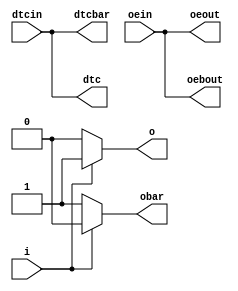
module stratixv_pseudo_diff_out(
                             i,
                             o,
                             obar,
				dtcin,
				dtc,
				dtcbar,
				oein,
				oeout,
				oebout
                             );
parameter lpm_type = "stratixv_pseudo_diff_out";
input i;
output o;
output obar;
input dtcin, oein;
output dtc, dtcbar, oeout, oebout;
reg o_tmp;
reg obar_tmp;
reg dtc_tmp, dtcbar_tmp, oeout_tmp, oebout_tmp;
assign dtc    = dtcin;
assign dtcbar = dtcin;
assign oeout  = oein;
assign oebout = oein;
assign o = o_tmp;
assign obar = obar_tmp;
always@(i)
    begin
        if( i == 1'b1)
            begin
                o_tmp = 1'b1;
                obar_tmp = 1'b0;
            end
        else if( i == 1'b0)
            begin
                o_tmp = 1'b0;
                obar_tmp = 1'b1;
            end
        else
            begin
                o_tmp = i;
                obar_tmp = i;
            end
    end 
endmodule